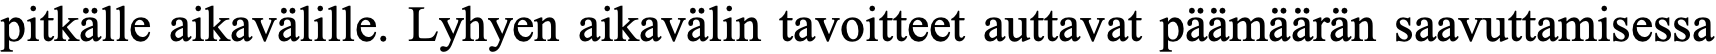
pitkälle aikavälille. Lyhyen aikavälin tavoitteet auttavat päämäärän saavuttamisessa